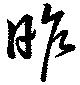
昨